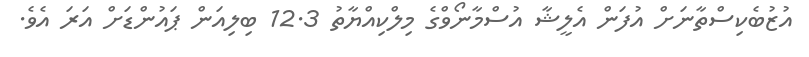
އުޒުބެކިސްތާނަށް އުފަން އެލީޝާ އުސްމާނޯވްގެ މިލްކިއްޔާތު 12.3 ބިލިއަން ޕައުންޑަށް އަރަ އެވެ.